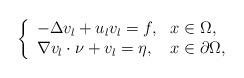
LaTeX: \begin{align*} \left\{\begin{array}{ll} -\Delta v_{l}+u_{l}v_{l}=f, &x\in\Omega,\\ \nabla v_{l}\cdot \nu+v_{l}= \eta, &x\in\partial\Omega,\end{array}\right.\end{align*}